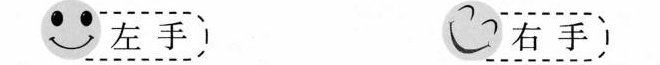
左手 右手